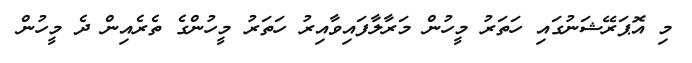
މި އޮޕަރޭޝަނުގައި ހަތަރު މީހުން މަރާލާފައިވާއިރު ހަތަރު މީހުންގެ ތެރެއިން ދެ މީހުން